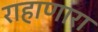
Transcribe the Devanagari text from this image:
राहाणारा